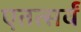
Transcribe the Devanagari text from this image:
एतत्सर्वं